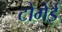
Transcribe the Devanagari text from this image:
टोमेई